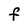
Character: F